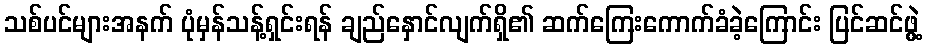
သစ်ပင်များအနက် ပုံမှန်သန့်ရှင်းရန် ချည်နှောင်လျက်ရှိ၏ ဆက်ကြေးကောက်ခံခဲ့ကြောင်း ပြင်ဆင်ဖွဲ့